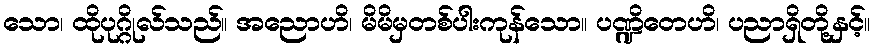
သော၊ ထိုပုဂ္ဂိုလ်သည်။ အညောဟိ၊ မိမိမှတစ်ပါးကုန်သော။ ပဏ္ဍိတေဟိ၊ ပညာရှိတို့နှင့်။